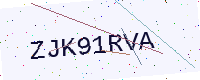
Text: ZJK91RVA